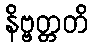
နိဗ္ဗတ္တတိ